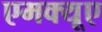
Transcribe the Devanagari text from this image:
एमक्यूए